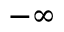
- \infty